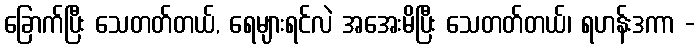
ခြောက်ပြီး သေတတ်တယ်, ရေများရင်လဲ အအေးမိပြီး သေတတ်တယ်၊ ရဟန်းဒကာ -